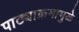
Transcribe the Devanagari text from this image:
पाठ्याक्रमामुळे